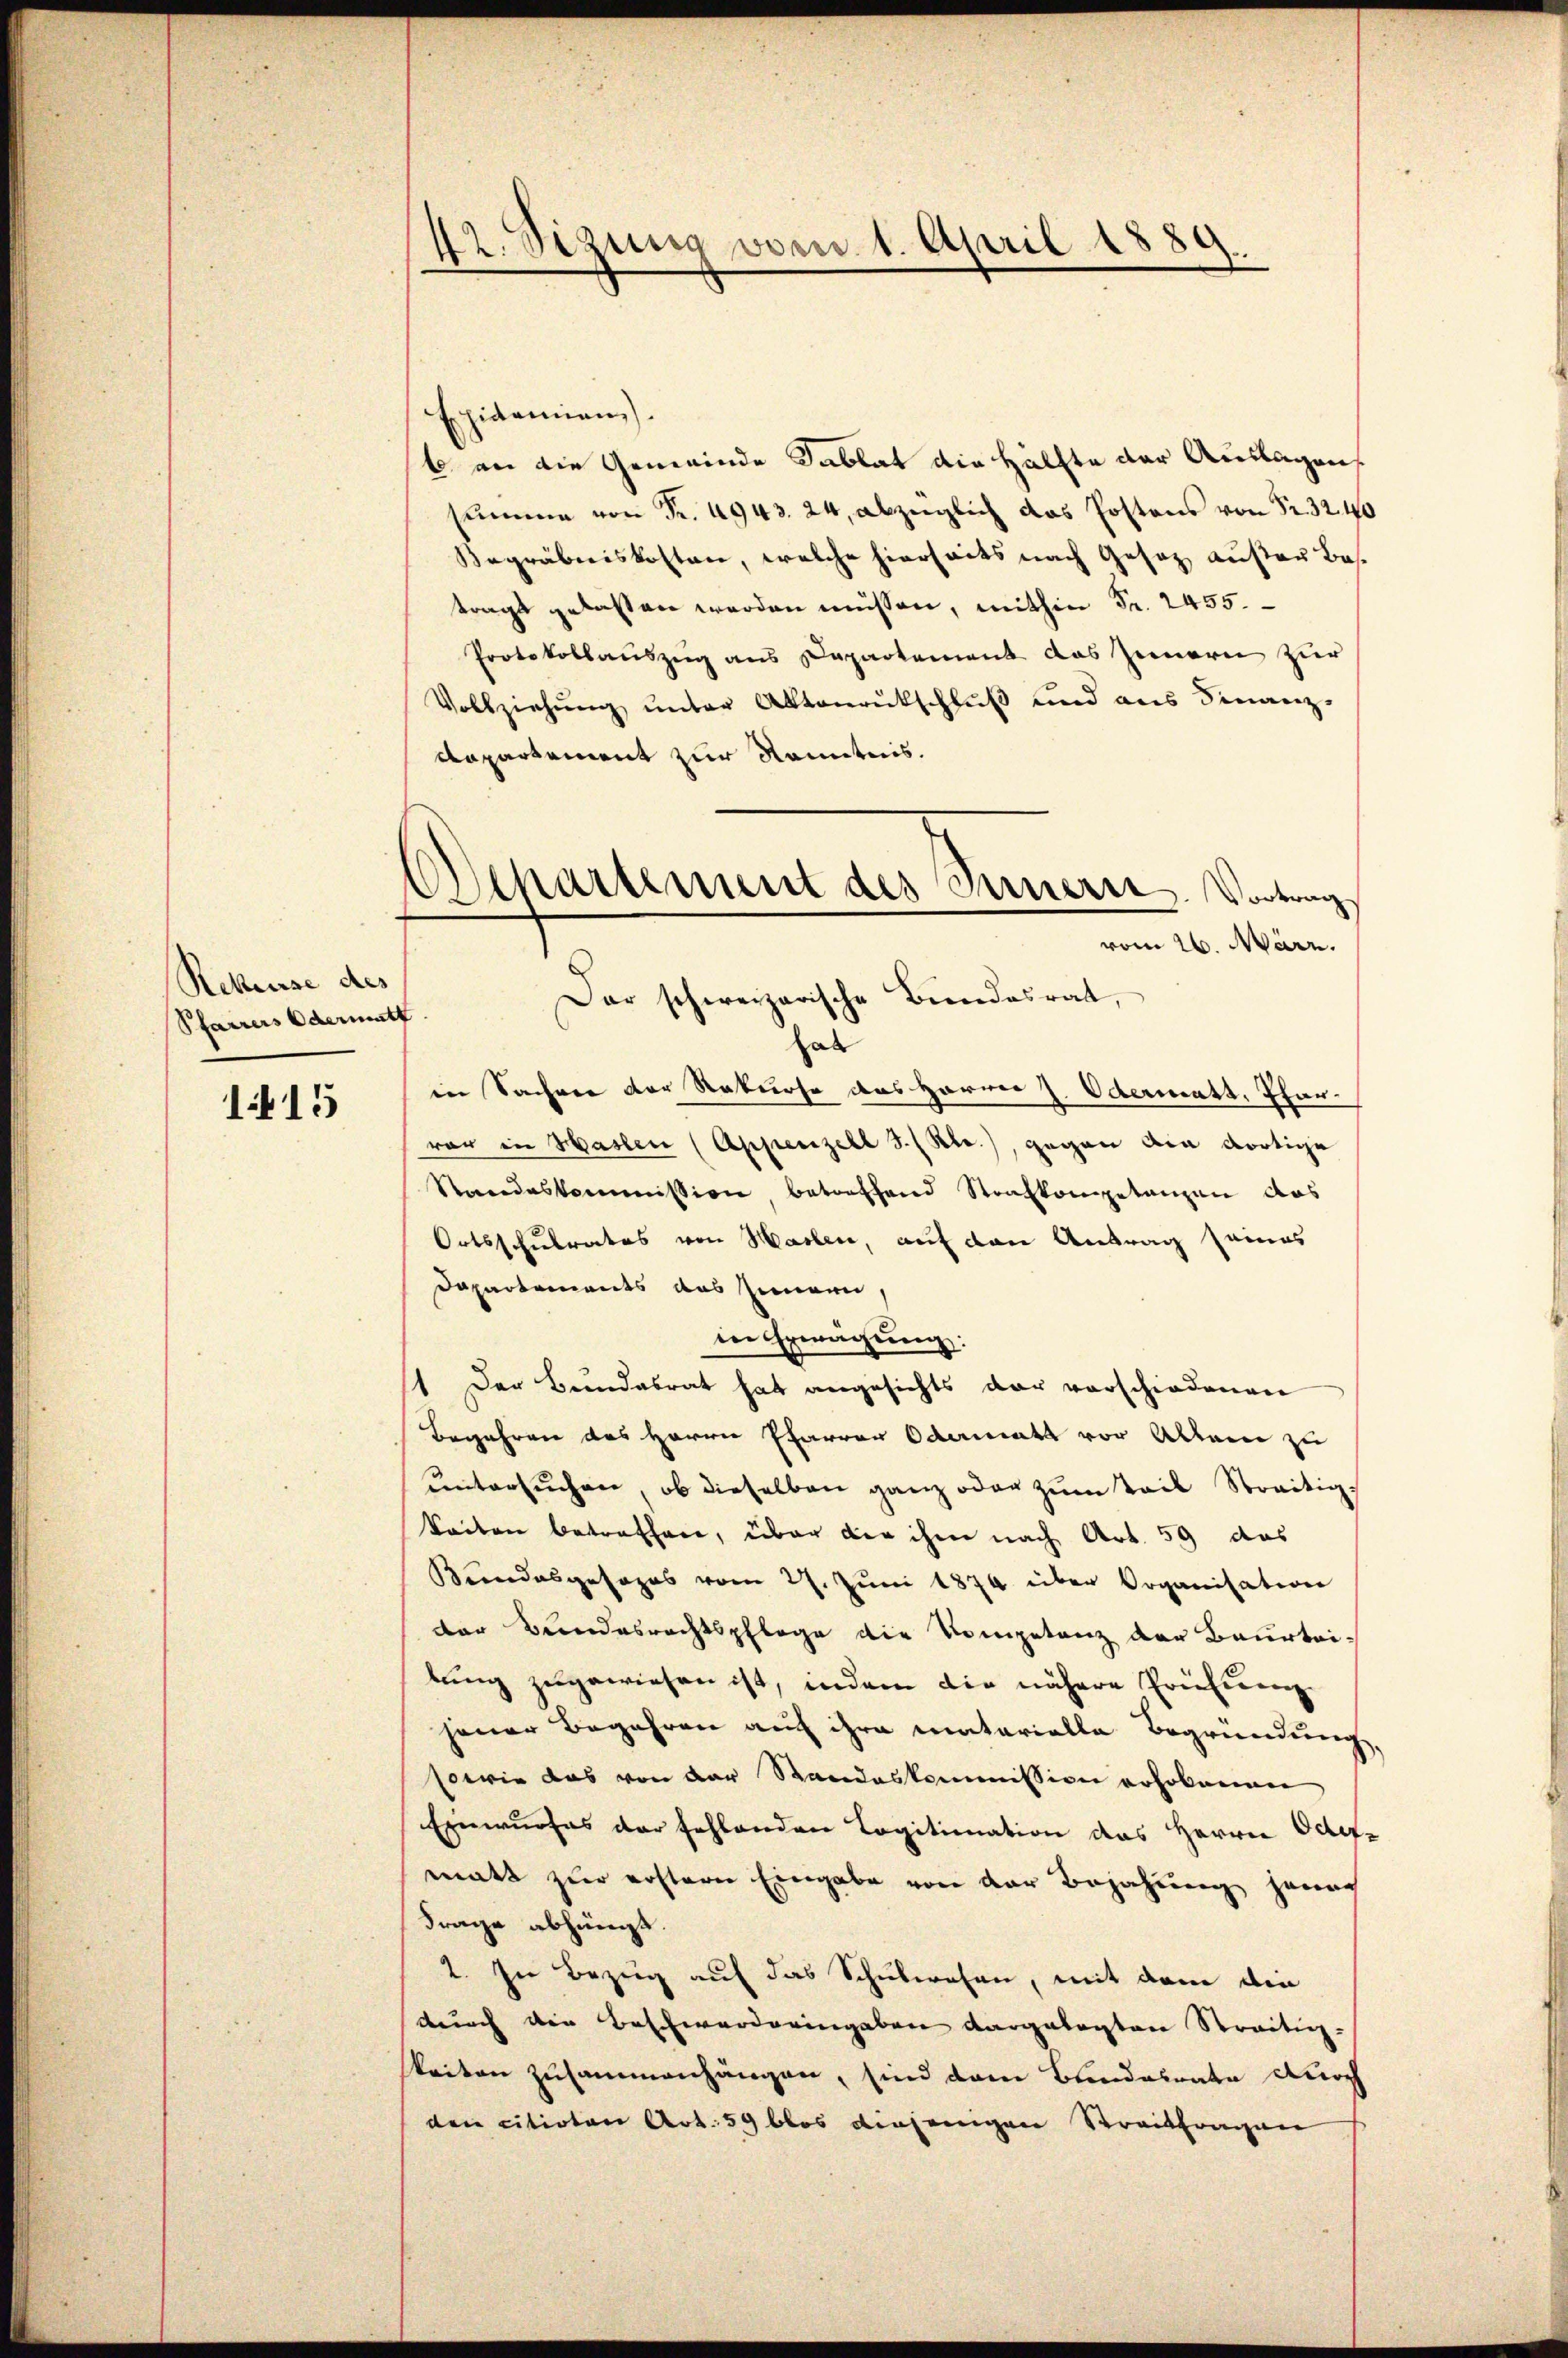
Rekurse des
Pfarrers Odermatt

1415

42. Sizung vom 1. April 1889.

Departement des Innern. Vortrag
vom 26. März.
Dar schweizerische Bundesrat,

Epidemien).
b an die Gemeinde Sablat die Hälfte der Auslagen
summe von Fr. 4943. 24, abzüglich das Postens von Sr. 3240
Begräbniskosten, welche hierseits nach Gesetz außer Bestragt gelassen werden müssen, mithin Fr. 2455.
Protokollauszug aus Departement das Zeinern zur
Vollziehŭng ŭnter Aktenrutschluß und aus Finanz-
Dapartement zur Kenntnis.
hab
in Sacher der Rekurse das Harrer J. Odermatt, Pfarvor in Haslen (Appenzell I. Kl.), gegen die dortige
Standeskommission betreffend Strafkompetanzen das
Ortsschulrates von Hasler, auf den Antrag seines
Dapartements des Innern,
in Erwägung:
1 Der Bundesrat hat angesichts der vorschiedenen
Begehren des Herrn Pfarrer Odermatt vor Allene zu
ŭntersŭchen, ob dieselben ganz oder zum Teil Streitig
Seiten betreffen, über der ihm nach Art. 59 das
Kundesgesages vom 27. Jŭni 1874 über Organisation
der Bundesrechtspflege die Kompetenz der Beurtei-
bung zugewiesen ist, indem die nähere Prüfung
jener Begehren auf ihre matarielle Begründung,
sowie das von der Standeskommission erhobenen
Einwurfes der fehlenden Legitimation das Herrn Oder-
matt zur erstern Eingabe von der Bejahung jenach
Frage abhängt.
2. In Bezug auf das Schulwesen, mit dem die
durch die Beschwerderingeben dargelegten Streitig-
keiten zusammenhängen, sind dem Bundesrate durch
den citirten Art. 59 blos diejenigen Streitfragen